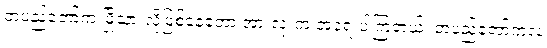
တပည့်တော်က မြို့သားလိုဖြစ်နေတော့ အားလုံးက အရေးပါကြတယ်၊ တပည့်တော်ကလဲ